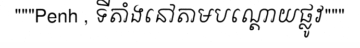
"""Penh , ទីតាំងនៅតាមបណ្តោយផ្លូវ"""